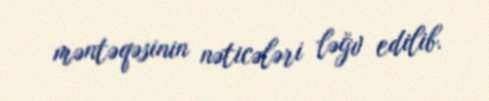
məntəqəsinin nəticələri ləğv edilib.